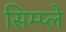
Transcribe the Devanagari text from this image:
सिम्प्ले